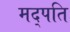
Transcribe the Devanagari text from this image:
मद्पति